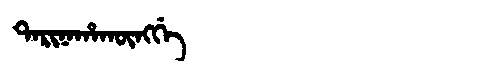
Manchu: ᡨᠠᡵᡳᠨᠠᡥᠠᡴᡡᠩᡤᡝ
Romanization: TARINAHAKŪNGGE